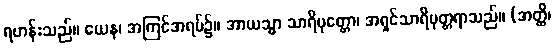
ရဟန်းသည်။ ယေန၊ အကြင်အရပ်၌။ အာယသ္မာ သာရိပုတ္တော၊ အရှင်သာရိပုတ္တရာသည်။ (အတ္ထိ၊